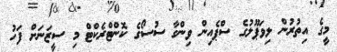
މީގެ އިތުރުން ލިވަޕޫލުގެ ސްޕެއިން ވިންގާ ސުސޯގެ ކޮންޓްރެކްޓް މި ސީޒަނަށް ފަހު